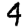
Digit: 4